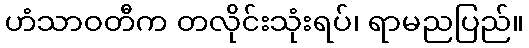
ဟံသာဝတီက တလိုင်းသုံးရပ်၊ ရာမညပြည်။